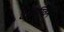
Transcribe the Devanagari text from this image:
कैमिग्विन